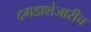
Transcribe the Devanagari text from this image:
दगडाशेजारीच